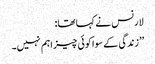
لارنس نے کہا تھا:
’’ زندگی کے سوا کوئی چیز اہم نہیں۔